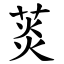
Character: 菼